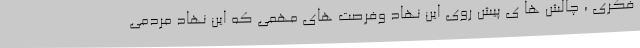
فکری ، چالش ها ی پیش روی این نهاد وفرصت های مهمی که این نهاد مردمی